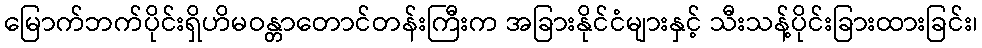
မြောက်ဘက်ပိုင်းရှိဟိမဝန္တာတောင်တန်းကြီးက အခြားနိုင်ငံများနှင့် သီးသန့်ပိုင်းခြားထားခြင်း၊